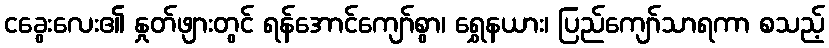
ငခွေးလေး၏ နှုတ်ဖျားတွင် ရန်အောင်ကျော်စွာ၊ ရွှေနယား၊ ပြည်ကျော်သာရကာ စသည့်